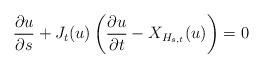
LaTeX: \begin{align*} \frac{\partial u}{\partial s} + J_t(u) \left( \frac{\partial u}{\partial t} - X_{H_{s,t}}(u) \right) = 0\end{align*}